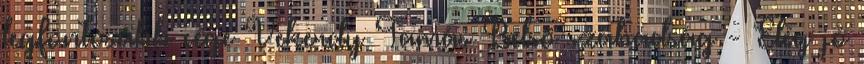
legfontosabb cége Vekerdy Tamás Belső szabadság - Elég jó